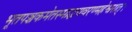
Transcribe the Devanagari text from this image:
भूतपञ्चकमेतस्माद्धयवरण्महेश्वरात्।